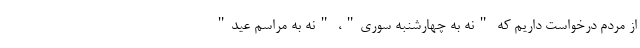
از مردم درخواست داریم که "نه به چهارشنبه سوری"، "نه به مراسم عید"